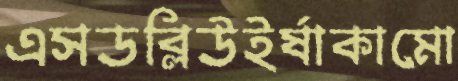
এসডব্লিউইর্ষাকামো